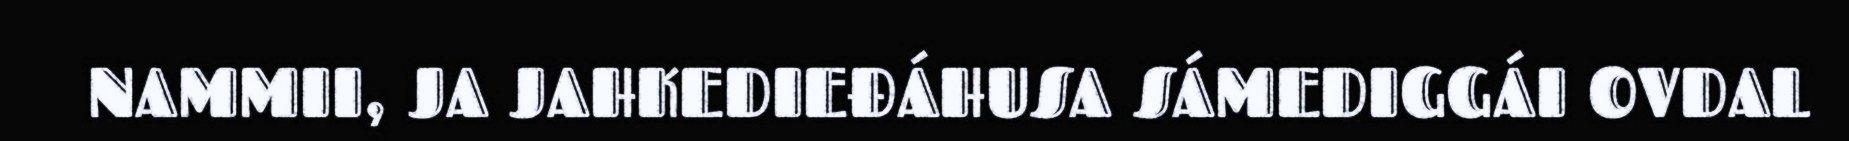
NAMMII, JA JAHKEDIEĐÁHUSA SÁMEDIGGÁI OVDAL